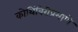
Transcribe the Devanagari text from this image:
कोथिंबिरीप्रमाणे